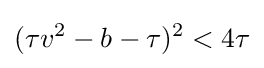
(\tau v^{2}-b-\tau )^{2}<4\tau